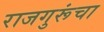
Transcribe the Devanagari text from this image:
राजगुरूंचा